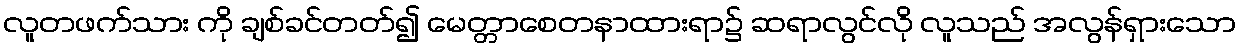
လူတဖက်သား ကို ချစ်ခင်တတ်၍ မေတ္တာစေတနာထားရာ၌ ဆရာလွင်လို လူသည် အလွန်ရှားသော